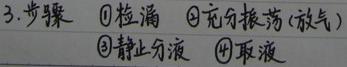
3.步骤：\textcircled{1}检漏 \textcircled{2}充分振荡(放气) \textcircled{3}静止分液 \textcircled{4}取液